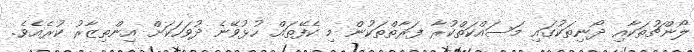
ލޯންޗުތަކާއި ދޯނިތަކުގައި މަސައްކަތްކުރާ ފަރާތްތަކުން މި ކެފޭތައް ހުޅުވޭނެ ދުވަހަކަށް އިންތިޒާރު ކުރެއެވެ.